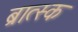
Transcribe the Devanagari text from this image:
ब्रात्स्क